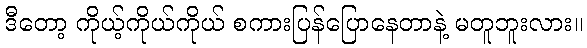
ဒီတော့ ကိုယ့်ကိုယ်ကိုယ် စကားပြန်ပြောနေတာနဲ့ မတူဘူးလား။